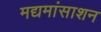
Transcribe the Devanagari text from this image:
मद्यमांसाशन